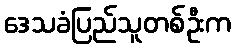
ဒေသခံပြည်သူတစ်ဦးက